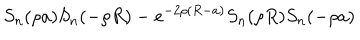
S _ { n } ( \rho a ) S _ { n } ( - \rho R ) - e ^ { - 2 \rho ( R - a ) } S _ { n } ( \rho R ) S _ { n } ( - \rho a )